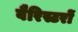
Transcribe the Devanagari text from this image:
बैरिस्टरों